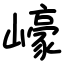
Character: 㠙